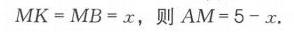
$MK = MB = x$，则$AM = 5 - x$.